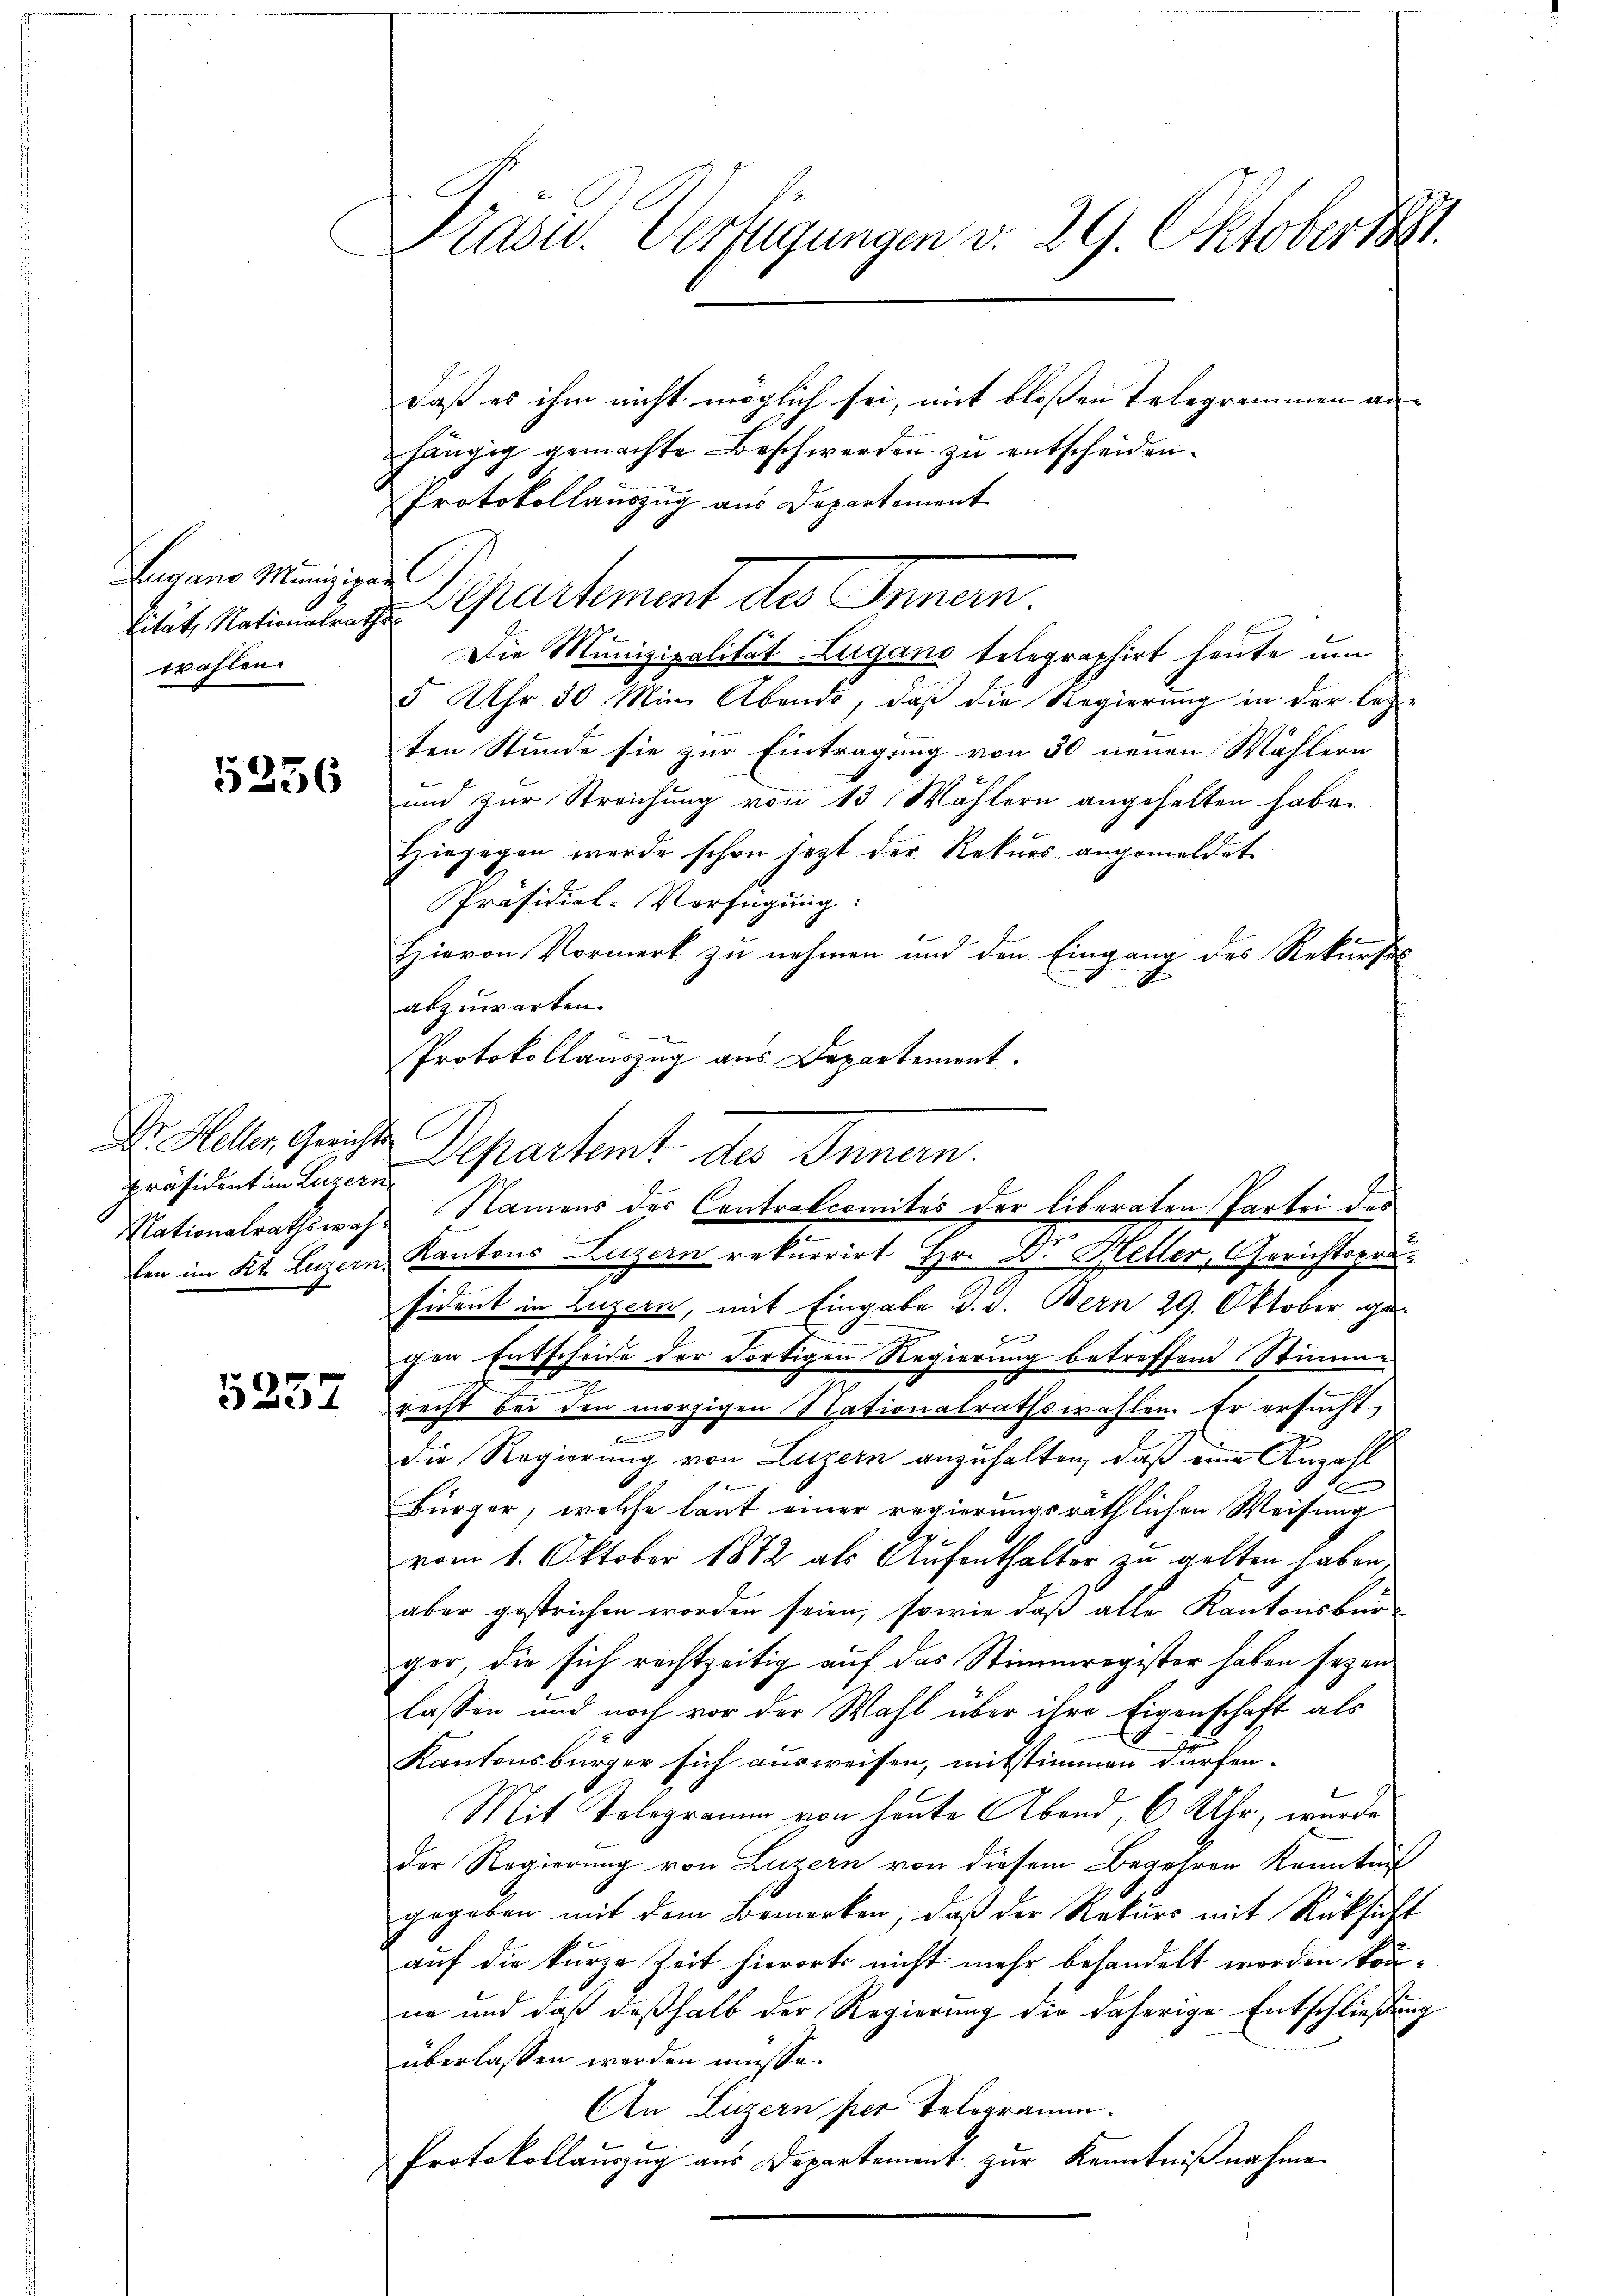
Lugano Minizipa
Lität, Nationalrat
wählen

5256

Dr. Heller Gerichts
Präsident in Luzern,

5257

Präsid.. Verfügungen v. 29. Oktober 1881

daß es ihm nicht möglich sei, mit bloßen Telegrammen an-
hängig gemachte Beschwerden zu entscheiden.
Protokollauszug aus Departement
l
Separtement des Innern.
Die Munizipalität Lugano telegraphirt heute um
5 Uhr 30 Min. Abends, daß die Regierung in der lezten Stunde sie zur Eintragung von 30 neuen Wählern
und zur Streichung von 13: Wählern angehalten habe.
Hiegegen werde schon jetzt der Rekurs angemeldet
Präsidial-Verfügung:
Hievon Vormerk zu nehmen und den Eingang des Rekursal-
abzuwarten.
Protokollauszug aus Departement.
Departent des Innen.
Nationalrathswahl Namens des Controlcomites der liberaten Partei des
fen im Kt. Luzern Kantons Luzern rekurrirt Hr. Dr. Heller, Gerichtspräsident in Luzern, mit Eingabe d. d. Bern 29. Oktober gex
gen Entscheide der dortigen Regierung betreffend Stimme
n
recht bei den morgigen Nationalrathswahlen Er ersucht,
.
die Regierung von Luzern anzuhalten, daß eine Anzahl
e
Bürger, welche laut einer regierungsräthlichen Weisung
.
vom 1. Oktober 1872 als Aufenthalter zu gelten haben.
aber gestrichen worden seien, sowie daß alle Kantonsbürger, die sich rechtzeitig auf das Stimmregister haben seyen
lassen und noch vor der Wahl über ihre Eigenschaft als
Kantonsbürger sich ausweisen, mitstimmen dürfen.
Mit Telegramm von heute Abend, 6 Uhr, wurde
der Regierung von Luzern von diesem Begehren kanntni
gegeben mit dem Bemerken, daß der Rekurs mit Rücksicht
auf die kurze Zeit hierorts nicht mehr behandelt werden kön-
ne und daß deßhalb der Regierung die daherige Entschließung
überlassen werden müsse.
An Luzern per Telegramm.
Protokollauszug aus Departement zur Kenntnißnahme.